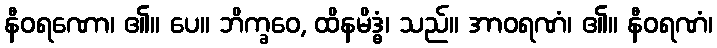
နီဝရဏော၊ ၏။ ပေ။ ဘိက္ခဝေ, ထိနမိဒ္ဓံ၊ သည်။ အာဝရဏံ၊ ၏။ နီဝရဏံ၊